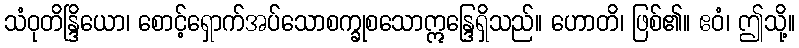
သံဝုတိန္ဒြိယော၊ စောင့်ရှောက်အပ်သောစက္ခုစသောဣန္ဒြေရှိသည်။ ဟောတိ၊ ဖြစ်၏။ ဧဝံ၊ ဤသို့။